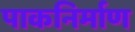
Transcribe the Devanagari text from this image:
पाकनिर्माण